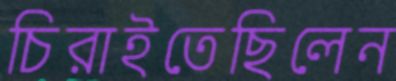
চিরাইতেছিলেন